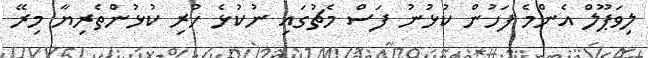
ލިވަޕޫލް އެންމެ ފަހުން ކުޅުނު ފަސް މެޗުގައި ނުކުޅެ ހުރި ކުޅުންތެރިޔާ މިރޭ